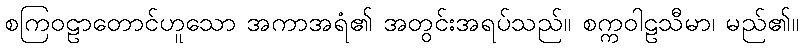
စကြဝဠာတောင်ဟူသော အကာအရံ၏ အတွင်းအရပ်သည်။ စက္ကဝါဠသီမာ၊ မည်၏။